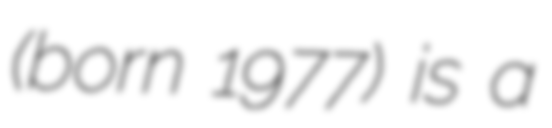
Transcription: (born 1977) is a